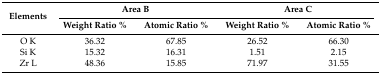
<table><thead><tr><td rowspan="2"><b>Elements</b></td><td colspan="2"><b>Area B</b></td><td colspan="2"><b>Area C</b></td></tr><tr><td><b>Weight Ratio %</b></td><td><b>Atomic Ratio %</b></td><td><b>Weight Ratio %</b></td><td><b>Atomic Ratio %</b></td></tr></thead><tbody><tr><td>O K</td><td>36.32</td><td>67.85</td><td>26.52</td><td>66.30</td></tr><tr><td>Si K</td><td>15.32</td><td>16.31</td><td>1.51</td><td>2.15</td></tr><tr><td>Zr L</td><td>48.36</td><td>15.85</td><td>71.97</td><td>31.55</td></tr></tbody></table>